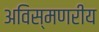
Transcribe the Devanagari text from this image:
अविस्मणरीय